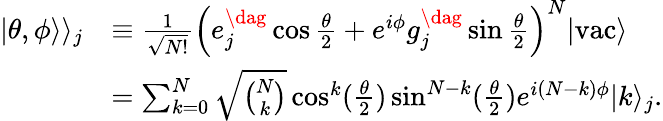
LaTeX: \begin{array}{rl}{|\theta,\phi\rangle\rangle_{j}}&{\equiv\frac{1}{\sqrt{N!}}\left(e_{j}^{\dag}\cos\frac{\theta}{2}+e^{i\phi}g_{j}^{\dag}\sin\frac{\theta}{2}\right)^{N}|\mathrm{vac}\rangle}\\ &{=\sum_{k=0}^{N}\sqrt{\binom{N}{k}}\cos^{k}(\frac{\theta}{2})\sin^{N-k}(\frac{\theta}{2})e^{i(N-k)\phi}|k\rangle_{j}.}\end{array}